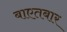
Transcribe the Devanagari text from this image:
बाएतबार